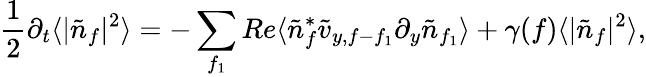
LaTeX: \frac{1}{2}\partial_{t}\langle|\tilde{n}_{f}|^{2}\rangle=-\sum_{f_{1}}Re\langle\tilde{n}_{f}^{*}\tilde{v}_{y,f-f_{1}}\partial_{y}\tilde{n}_{f_{1}}\rangle+\gamma(f)\langle|\tilde{n}_{f}|^{2}\rangle,